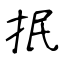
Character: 抿